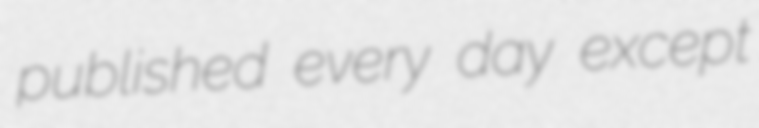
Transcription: published every day except